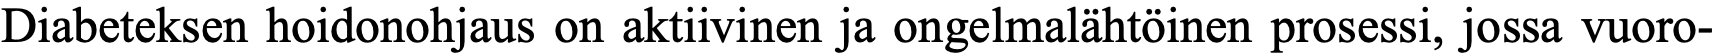
Diabeteksen hoidonohjaus on aktiivinen ja ongelmalähtöinen prosessi, jossa vuoro-